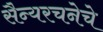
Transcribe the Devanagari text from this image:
सैन्यरचनेचे